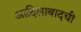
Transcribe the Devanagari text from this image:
आदिलाबादची